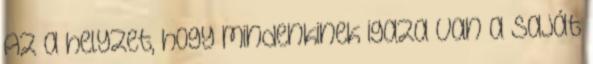
Az a helyzet, hogy mindenkinek igaza van a saját